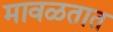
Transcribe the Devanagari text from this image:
मावळतात